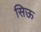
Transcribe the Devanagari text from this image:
सिऊ